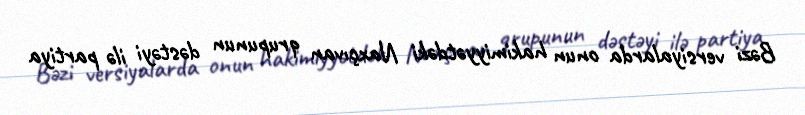
Bəzi versiyalarda onun hakimiyyətdəki Naxçıvan qrupunun dəstəyi ilə partiya